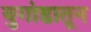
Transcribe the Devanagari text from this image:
युगांडातून